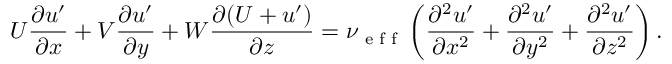
U \frac { \partial u ^ { \prime } } { \partial x } + V \frac { \partial u ^ { \prime } } { \partial y } + W \frac { \partial ( U + u ^ { \prime } ) } { \partial z } = \nu \textsubscript { e f f } \left( \frac { \partial ^ { 2 } u ^ { \prime } } { \partial x ^ { 2 } } + \frac { \partial ^ { 2 } u ^ { \prime } } { \partial y ^ { 2 } } + \frac { \partial ^ { 2 } u ^ { \prime } } { \partial z ^ { 2 } } \right) .